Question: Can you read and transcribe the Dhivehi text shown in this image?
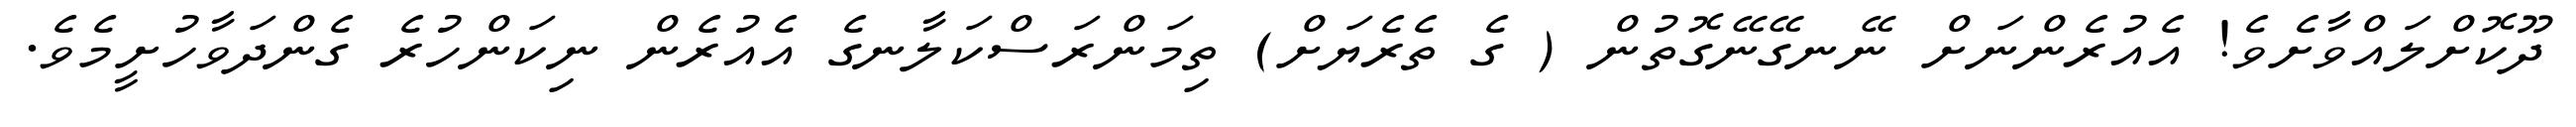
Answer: ދޫކޮށްލައްވާށެވެ! އެއުރެންނަށް ނޭނގޭނޭގޮތުން ( ގެ ތެރެޔަށް) ތިމަންރަސްކަލާނގެ އެއުރެން ނިކަންހުރެ ގެންދަވާހުށީމެވެ.